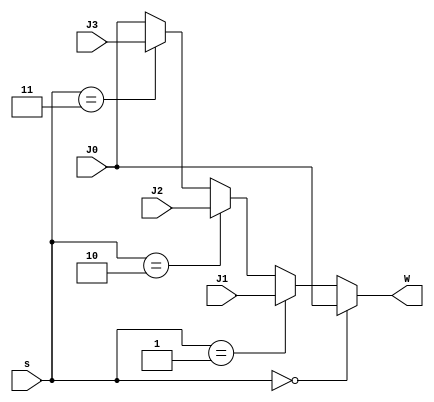
module Mux_4to1 #(parameter N = 32) (s, J0, J1, J2, J3, W);
    input [1:0] s;
    input [N-1:0] J0, J1, J2, J3;
    output [N-1:0] W;
	assign W = (s == 2'b00) ? J0 :
               (s == 2'b01) ? J1 :
               (s == 2'b10) ? J2 :
               (s == 2'b11) ? J3 : J0;
endmodule